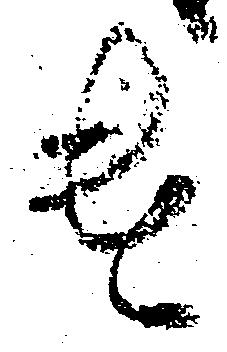
遣